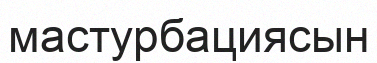
мастурбациясын